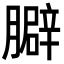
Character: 䑀